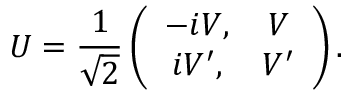
U = \frac 1 { \sqrt { 2 } } \left( \begin{array} { c c } { { - i V , } } & { { V } } \\ { { i V ^ { \prime } , } } & { { V ^ { \prime } } } \end{array} \right) .